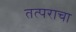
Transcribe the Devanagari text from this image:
तत्पराचा